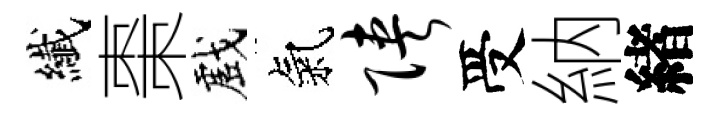
纎棗戲氣陕受納緖